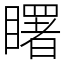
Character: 𥌓